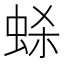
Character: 𫊷